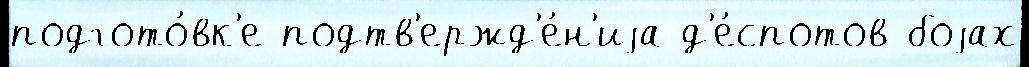
подгото́вк'е подтв'ержд'е́н'иjа д'е́спотов боjах